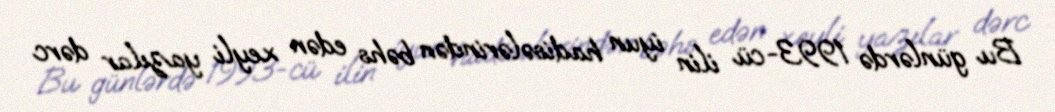
Bu günlərdə 1993-cü ilin iyun hadisələrindən bəhs edən xeyli yazılar dərc